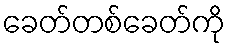
ခေတ်တစ်ခေတ်ကို